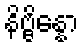
နိဗ္ဗိန္နော